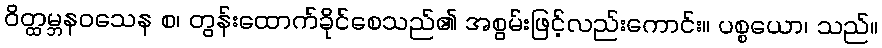
ဝိတ္ထမ္ဘနဝသေန စ၊ တွန်းထောက်ခိုင်စေသည်၏ အစွမ်းဖြင့်လည်းကောင်း။ ပစ္စယော၊ သည်။